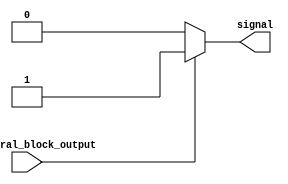
module continuous_assignment (
    input behavioral_block_output,
    output reg signal
);

always @* begin
    if (behavioral_block_output == 1'b1) begin
        signal <= 1'b1;
    end else begin
        signal <= 1'b0;
    end
end

endmodule